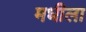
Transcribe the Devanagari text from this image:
मधीला